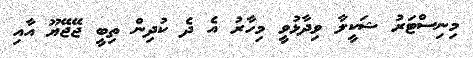
މިނިސްޓަރު ޝަކީލާ ވިދާޅުވީ މިހާރު އެ ދެ ކުދިން ތިބީ ޖޭޖޭޔޫ އާއި